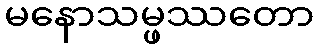
မနောသမ္ဖဿတော